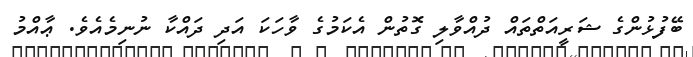
ބޭފުޅުންގެ ޝަރީއަތްތައް ދުއްވާލި ގޮތުން އެކަމުގެ ވާހަކަ އަދި ދައްކާ ނުނިމެއެވެ. ޢާއްމު